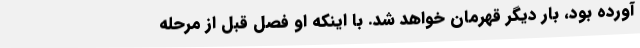
آورده بود، بار دیگر قهرمان خواهد شد. با اینکه او فصل قبل از مرحله